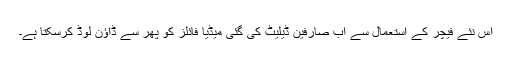
اس نئے فیچر کے استعمال سے اب صارفین ڈیلیٹ کی گئی میڈیا فائلز کو پھر سے ڈاؤن لوڈ کرسکتا ہے۔